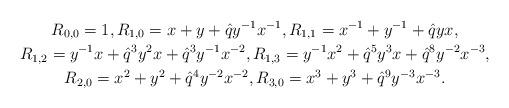
LaTeX: \begin{gather*}R_{0,0} = 1, R_{1,0} = x+ y + \hat{q}y^{-1}x^{-1}, R_{1,1} = x^{-1} + y^{-1} + \hat{q}yx, \\R_{1,2} = y^{-1}x + \hat{q}^3y^2x + \hat{q}^3y^{-1}x^{-2}, R_{1,3} = y^{-1}x^2 + \hat{q}^5y^3x + \hat{q}^8y^{-2}x^{-3}, \\R_{2,0} = x^2+y^2+\hat{q}^4y^{-2}x^{-2}, R_{3,0} = x^3 + y^3 + \hat{q}^9y^{-3}x^{-3}.\end{gather*}